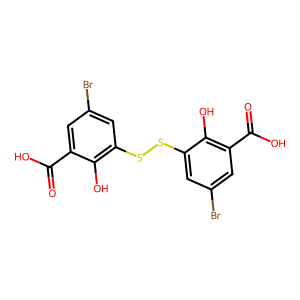
SMILES: O=C(O)c1cc(Br)cc(SSc2cc(Br)cc(C(=O)O)c2O)c1O
Inhibits HIV replication: Yes